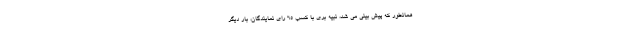
همانطور که پیش بینی می شد، نبیه بری با کسب ۶۵ رای نمایندگان، بار دیگر